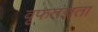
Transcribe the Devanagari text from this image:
वृफतज्ञता